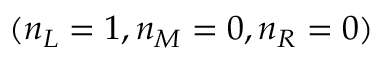
( n _ { L } = 1 , n _ { M } = 0 , n _ { R } = 0 )